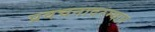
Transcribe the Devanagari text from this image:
प्रवचनादरम्यान